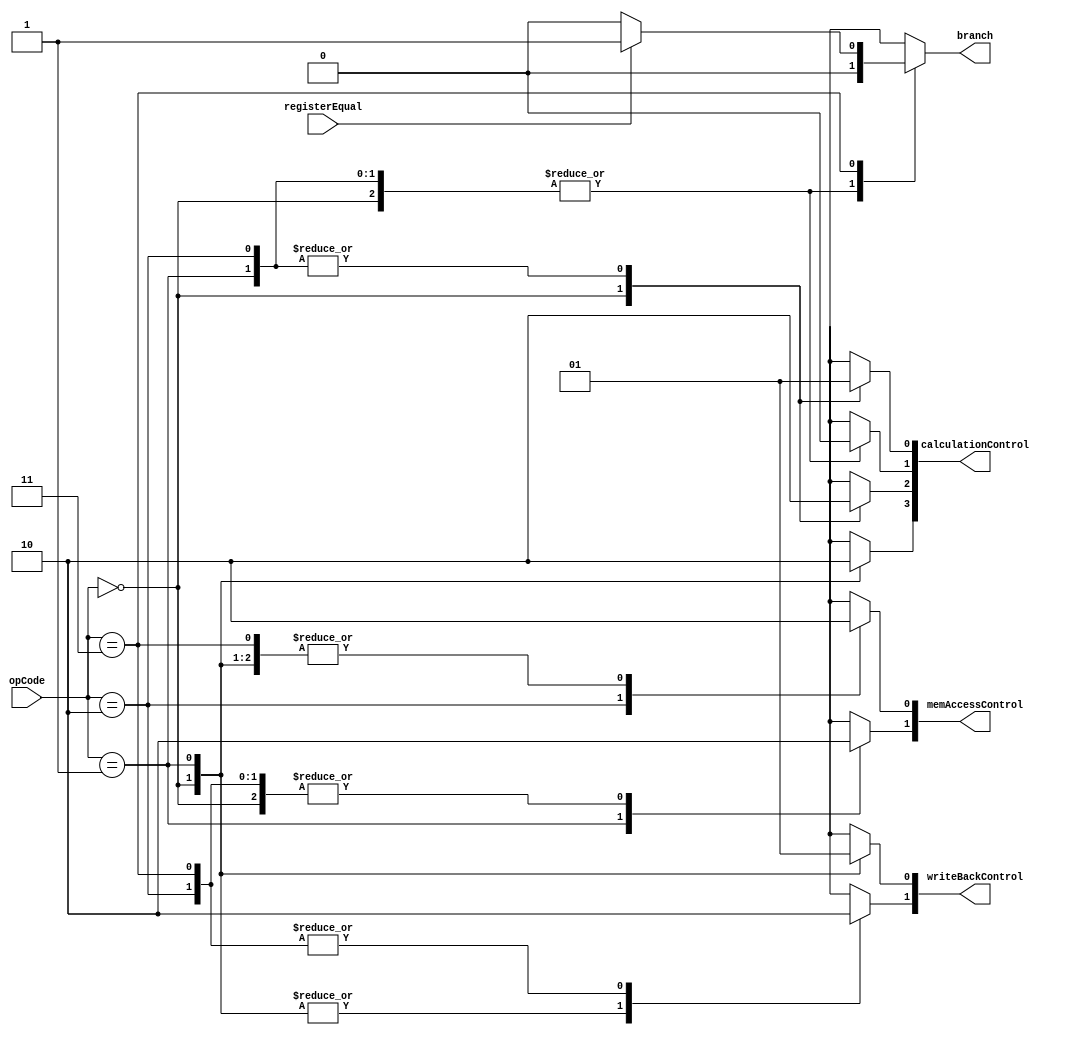
`timescale 1ns / 1ps
//////////////////////////////////////////////////////////////////////////////////
// Design Name: 
// Module Name:    	Control
// Project Name: 		microprocessor
// Description: 		
//
// Dependencies: 		None
//
//////////////////////////////////////////////////////////////////////////////////
module Control(
    input [5:0] opCode,
	 input registerEqual,
    output wire [1:0] writeBackControl,
    output wire [1:0] memAccessControl,
    output wire [3:0] calculationControl,
	 output reg branch
    );

	reg regWrite, memToReg;
	reg memRead, memWrite;
	reg regDst, aluOp1, aluOp0, aluSrc;
	
	assign writeBackControl = {regWrite, memToReg};
	assign memAccessControl = {memRead, memWrite};
	assign calculationControl = {regDst, aluOp1, aluOp0, aluSrc};
	
	always @(opCode, registerEqual) begin
		case(opCode)
			'b000000 : begin //R format
				regWrite = 1; memToReg = 0;
				memRead = 0; memWrite = 0;
				regDst = 1; aluOp1 = 1; aluOp0 = 0; aluSrc = 0;
				branch = 0;
			end
			'b000001 : begin //Load Word
				regWrite = 1; memToReg = 1;
				memRead = 1; memWrite = 0;
				regDst = 0; aluOp1 = 0; aluOp0 = 0; aluSrc = 1;
				branch = 0;
			end
			'b000010 : begin //Store Word
				regWrite = 0; memToReg = 1'bx;
				memRead = 0; memWrite = 1;
				regDst = 1'bx; aluOp1 = 0; aluOp0 = 0; aluSrc = 1;
				branch = 0;
			end
			'b000011 : begin //Branch if Equal
				regWrite = 0; memToReg = 1'bx;
				memRead = 0; memWrite = 0; 
				regDst = 1'bx; aluOp1 = 1'bx; aluOp0 = 1'bx; aluSrc = 1'bx; 
				if(registerEqual == 1) branch = 1;
				else branch = 0;
			end	
			default : begin //Set to all unknowns
				regWrite = 1'bx; memToReg = 1'bx;
				memRead = 1'bx; memWrite = 1'bx; 
				regDst = 1'bx; aluOp1 = 1'bx; aluOp0 = 1'bx; aluSrc = 1'bx; 
				branch = 1'bx;
			end
		endcase
	end
endmodule